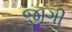
જીગી